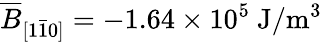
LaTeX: \overline{{B}}_{[1\bar{1}0]}=-1.64\times 10^{5}~\mathrm{J/m^{3}}